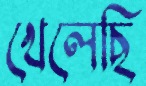
খেলেছি